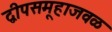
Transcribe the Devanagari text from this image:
द्वीपसमूहाजवळ